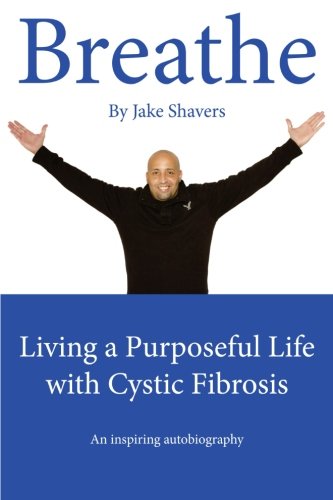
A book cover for Breathe: Living a Purposeful Life with Cystic Fibrosis; Jake Shavers; Health, Fitness & Dieting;